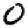
Digit: 0